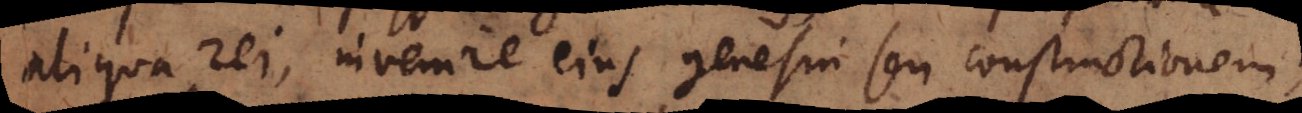
aliqua rei, invenire ejus genesin seu constructionem;